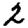
Digit: 2